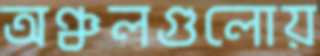
অঞ্চলগুলোয়